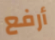
أرفع